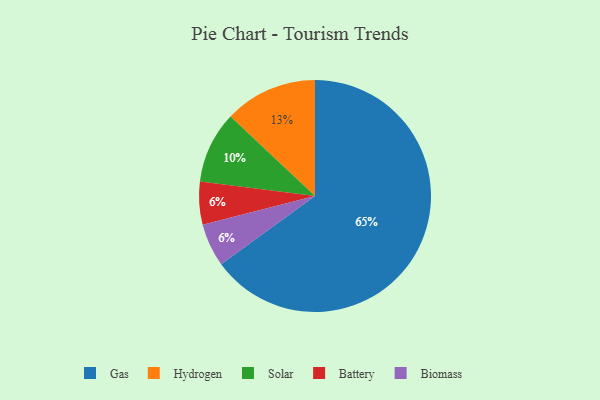
{"axis": {"x": "Category", "y": "Percentage"}, "legend": ["Battery", "Biomass", "Gas", "Hydrogen", "Solar"], "data": [{"x": "Hydrogen", "y": 13, "type": "Hydrogen"}, {"x": "Battery", "y": 6, "type": "Battery"}, {"x": "Gas", "y": 65, "type": "Gas"}, {"x": "Biomass", "y": 6, "type": "Biomass"}, {"x": "Solar", "y": 10, "type": "Solar"}]}